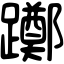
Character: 躑